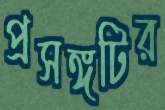
প্রসঙ্গটির